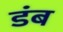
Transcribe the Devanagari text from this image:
डंब